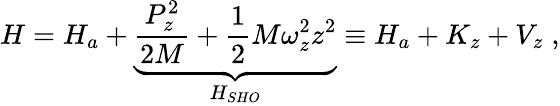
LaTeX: H=H_{a}+\underbrace{\frac{P_{z}^{2}}{2M}+\frac 12M\omega_{z}^{2}z^{2}}_{H_{SHO}}\equiv H_{a}+K_{z}+V_{z}\; ,